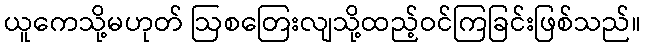
ယူကေသို့မဟုတ် ဩစတြေးလျသို့ထည့်ဝင်ကြခြင်းဖြစ်သည်။